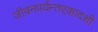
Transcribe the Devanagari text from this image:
जीवनपर्यन्तएकादशी